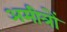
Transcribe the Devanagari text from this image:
अमीत्रों